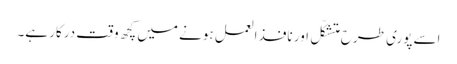
اِسے پوری طرح متشکّل اور نافذ العمل ہونے میں کچھ وقت درکار ہے۔